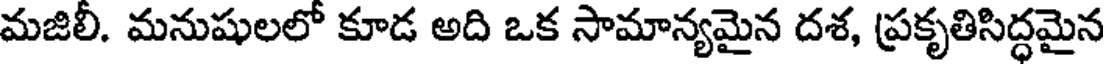
మజిలీ. మనుషులలో కూడ అది ఒక సామాన్యమైన దశ, ప్రకృతిసిద్ధమైన